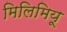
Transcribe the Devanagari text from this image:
मिलिमियू